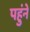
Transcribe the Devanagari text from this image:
पहुंने